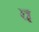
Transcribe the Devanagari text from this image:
व